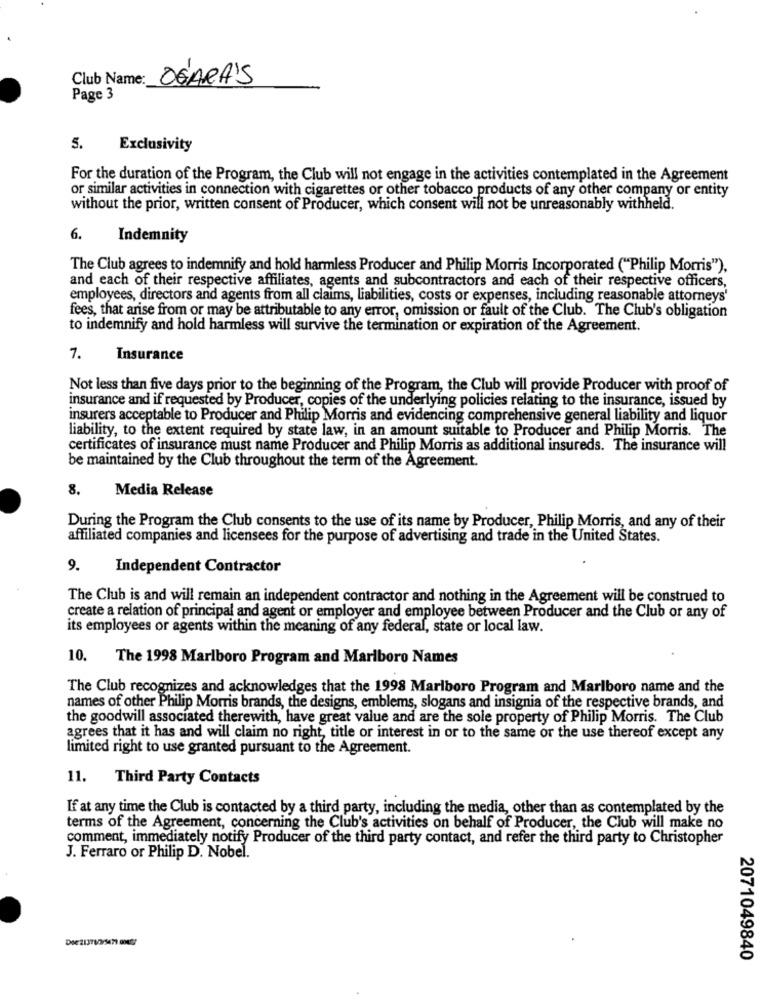
Club Name:
OGARA'S
Page 3
5.
Exclusivity
For the duration of the Program, the Club will not engage in the activities contemplated in the Agreement
or similar activities in connection with cigarettes or other tobacco products of any other company or entity
without the prior, written consent of Producer, which consent will not be unreasonably withheld.
6.
Indemnity
The Club agrees to indemnify and hold harmless Producer and Philip Morris Incorporated ("Philip Morris"),
and each of their respective affiliates, agents and subcontractors and each of their respective officers,
employees, directors and agents from all claims, liabilities, costs or expenses, including reasonable attorneys'
fees, that arise from or may be attributable to any error, omission or fault of the Club. The Club's obligation
to indemnify and hold harmless will survive the termination or expiration of the Agreement.
7.
Insurance
Not less than five days prior to the beginning of the Program, the Club will provide Producer with proof of
insurance and if requested by Producer, copies of the underlying policies relating to the insurance, issued by
insurers acceptable to Producer and Philip Morris and evidencing comprehensive general liability and liquor
liability, to the extent required by state law, in an amount suitable to Producer and Philip Morris. The
certificates of insurance must name Producer and Philip Morris as additional insureds. The insurance will
be maintained by the Club throughout the term of the Agreement.
8.
Media Release
During the Program the Club consents to the use of its name by Producer, Philip Morris, and any of their
affiliated companies and licensees for the purpose of advertising and trade in the United States.
9.
Independent Contractor
The Club is and will remain an independent contractor and nothing in the Agreement will be construed to
create a relation of principal and agent or employer and employee between Producer and the Club or any of
its employees or agents within the meaning of any federal, state or local law.
10. The 1998 Marlboro Program and Marlboro Names
The Club recognizes and acknowledges that the 1998 Marlboro Program and Marlboro name and the
names of other Philip Morris brands, the designs, emblems, slogans and insignia of the respective brands, and
the goodwill associated therewith, have great value and are the sole property of Philip Morris. The Club
agrees that it has and will claim no right, title or interest in or to the same or the use thereof except any
limited right to use granted pursuant to the Agreement.
11. Third Party Contacts
If at any time the Club is contacted by a third party, including the media, other than as contemplated by the
terms of the Agreement, concerning the Club's activities on behalf of Producer, the Club will make no
comment, immediately notify Producer of the third party contact, and refer the third party to Christopher
J. Ferraro or Philip D. Nobel.
2071049840